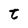
Character: t